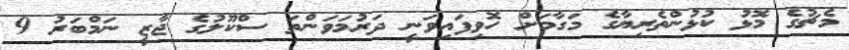
މެޗުގެ މޮޅު ކުޅުންތެރިޔާގެ މަގާމަށް ހޮވިފައިވަނީ ދަރުމަވަންތަ ސްކޫލުގެ ޖާޒީ ނަމްބަރު 9